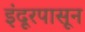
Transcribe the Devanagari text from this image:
इंदूरपासून